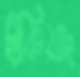
ছাঁকিয়াছ